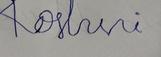
Signature authenticity: forged